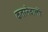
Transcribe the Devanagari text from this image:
कतरनेवालों